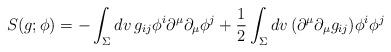
LaTeX: \begin{align*} S( g; \phi) = - \int_\Sigma dv \, g_{ij}\phi^i \partial^\mu \partial_\mu \phi^j + \frac{1}{2} \int_\Sigma dv \, ( \partial^\mu \partial_\mu g_{ij} ) \phi^i \phi^j \end{align*}